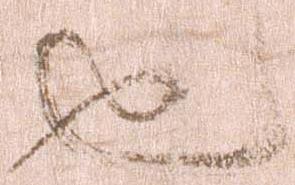
也